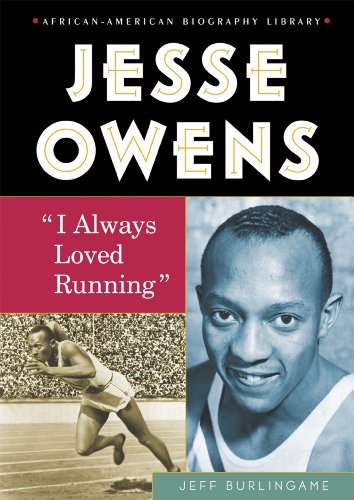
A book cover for Jesse Owens: I Always Loved Running (African-American Biography Library); Jeff Burlingame; Children's Books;